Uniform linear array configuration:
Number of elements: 64
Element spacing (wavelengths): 0.75
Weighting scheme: hamming
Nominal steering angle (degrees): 60
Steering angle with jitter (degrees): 58.104
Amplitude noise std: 0.05
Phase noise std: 0.05

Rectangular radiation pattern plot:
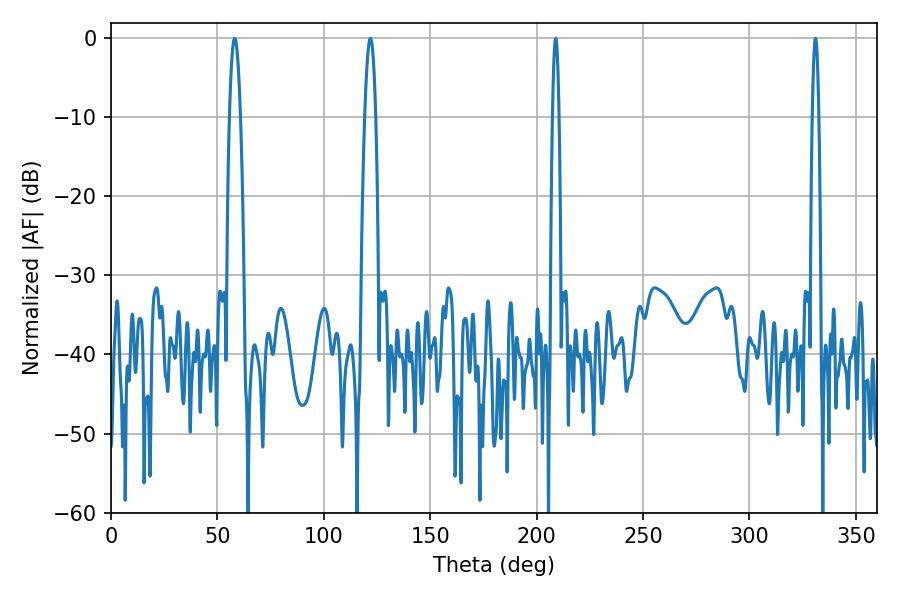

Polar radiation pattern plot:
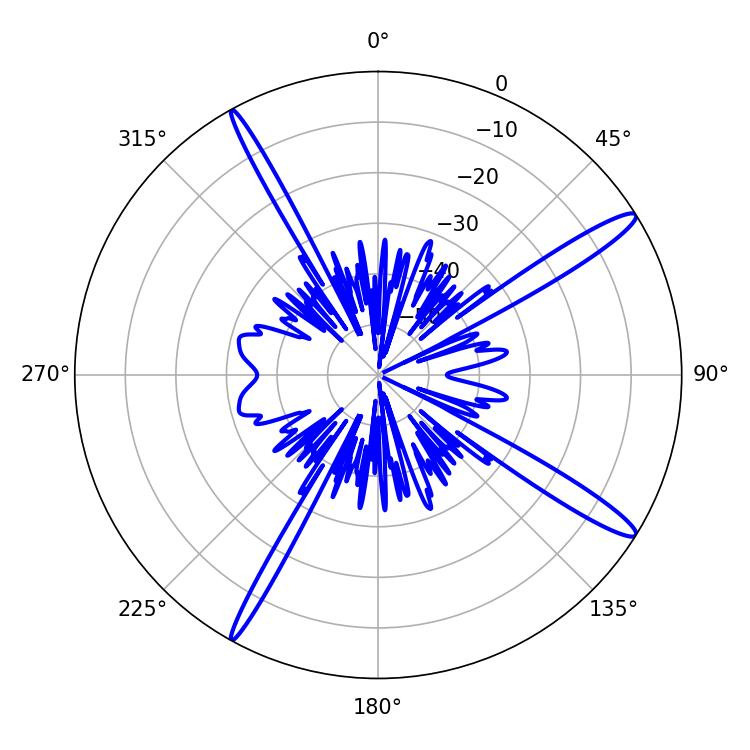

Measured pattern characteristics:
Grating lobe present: TRUE
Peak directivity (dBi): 15.212
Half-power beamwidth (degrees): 2.88
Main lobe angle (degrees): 58.14